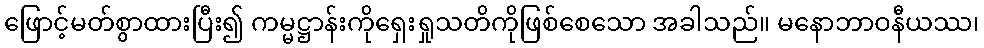
ဖြောင့်မတ်စွာထားပြီး၍ ကမ္မဋ္ဌာန်းကိုရှေးရှုသတိကိုဖြစ်စေသော အခါသည်။ မနောဘာဝနီယဿ၊